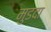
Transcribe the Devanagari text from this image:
मुडदा